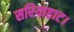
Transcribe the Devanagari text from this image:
सरियाहाट।